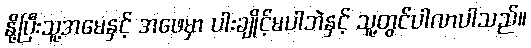
နို့ပြီးသူ့အမေနှင့် အဖေမှာ ပါးချိုင့်မပါဘဲနှင့် သူ့တွင်ပါလာပါသည်။